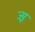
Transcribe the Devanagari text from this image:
ज्य़ू